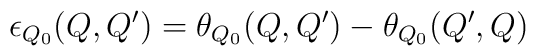
\epsilon_{Q_0}(Q,Q')= \theta_{Q_0}(Q,Q')-\theta_{Q_0}(Q',Q)